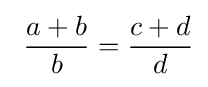
\ {\dfrac {a+b}{b}}={\dfrac {c+d}{d}}